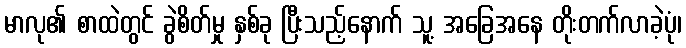
မာလု၏ စာထဲတွင် ခွဲစိတ်မှု နှစ်ခု ပြီးသည့်နောက် သူ့ အခြေအနေ တိုးတက်လာခဲ့ပုံ၊